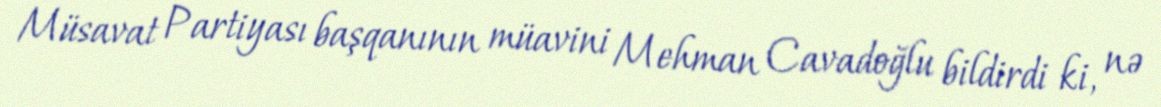
Müsavat Partiyası başqanının müavini Mehman Cavadoğlu bildirdi ki, nə